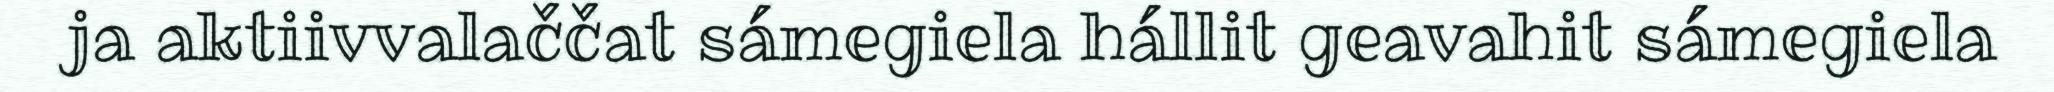
ja aktiivvalaččat sámegiela hállit geavahit sámegiela